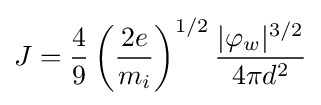
J={\frac {4}{9}}\left({\frac {2e}{m_{i}}}\right)^{1/2}{\frac {|\varphi _{w}|^{3/2}}{4\pi d^{2}}}